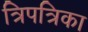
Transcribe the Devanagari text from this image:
त्रिपत्रिका